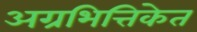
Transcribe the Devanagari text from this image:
अग्रभित्तिकेत